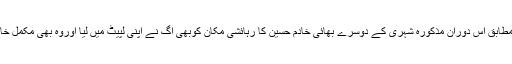
لوگوں کے مطابق اس دوران مذکورہ شہری کے دوسرے بھائی خادم حسین کا رہائشی مکان کوبھی آگ نے اپنی لپیٹ میں لیا اوروہ بھی مکمل خاکستر ہو گیا۔